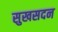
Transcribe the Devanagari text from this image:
सुखसदन